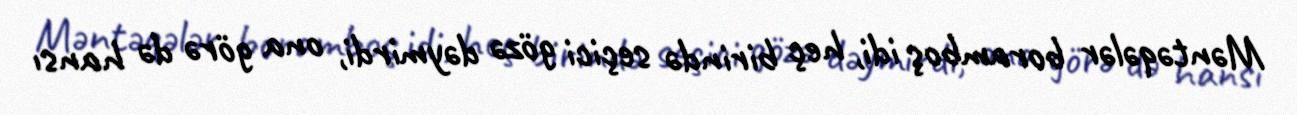
Məntəqələr boramboş idi, heç birində seçici gözə dəymirdi, ona görə də hansı